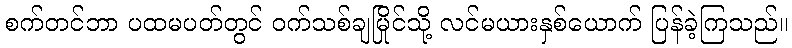
စက်တင်ဘာ ပထမပတ်တွင် ဝက်သစ်ချမြိုင်သို့ လင်မယားနှစ်ယောက် ပြန်ခဲ့ကြသည်။